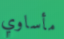
مأساوي